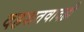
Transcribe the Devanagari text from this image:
दहशतवादही